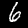
Label: 6